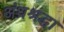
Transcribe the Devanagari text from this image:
अंध्रश्रद्धा